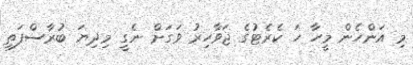
މި އަންހެން މީހާ ހަ ކެރެޓުގެ ޖަވާހިރު ވަގަށް ނެގީ މިދިޔަ ބުރާސްފަތި